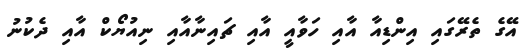
އޭގެ ތެރޭގައި އިންޑިއާ އާއި ހަވާއީ އާއި ޗައިނާއާއި ނިއުޔޯކް އާއި ދެކުނު